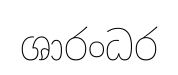
ශාරංධර